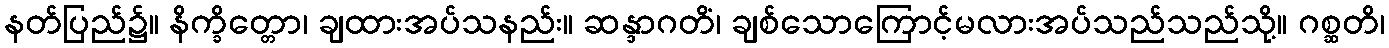
နတ်ပြည်၌။ နိက္ခိတ္တော၊ ချထားအပ်သနည်း။ ဆန္ဒာဂတိံ၊ ချစ်သောကြောင့်မလားအပ်သည်သည်သို့။ ဂစ္ဆတိ၊